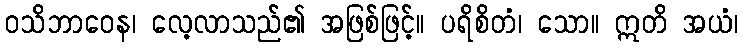
ဝသိဘာဝေန၊ လေ့လာသည်၏ အဖြစ်ဖြင့်။ ပရိစိတံ၊ သော။ ဣတိ အယံ၊